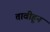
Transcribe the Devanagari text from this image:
तावीहून